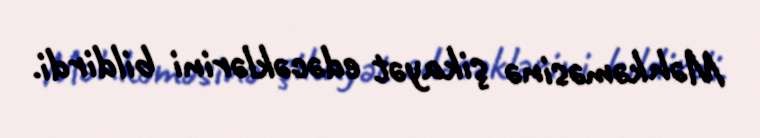
Məhkəməsinə şikayət edəcəklərini bildirdi.